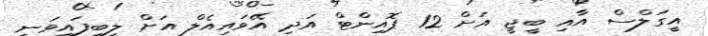
އީގަލްސް އާއި ބީޖީ އަށް 12 ޕޮއިންޓް އަދި އޭވައިއެލް އަށް ލިބިފައިވަނީ